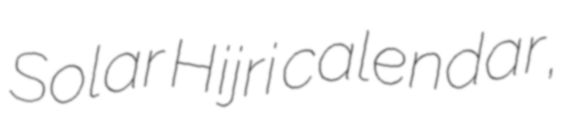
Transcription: Solar Hijri calendar,